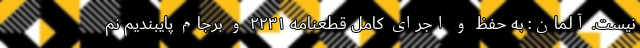
نیست. آلمان: به حفظ و اجرای کامل قطعنامه ۲۲۳۱ و برجام پایبندیم نم